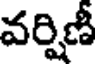
వర్షిణీ